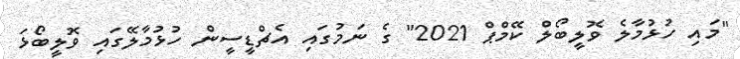
"މައި ހުޅުމާލެ ވޮލީބޯލް ކޭމްޕް 2021" ގެ ނަމުގައި އެޗްޑީސީން ހުޅުމާލޭގައި ވޮލީބޯޅަ